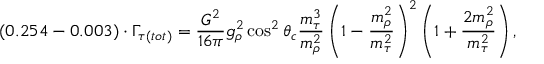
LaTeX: ( 0 . 2 5 4 - 0 . 0 0 3 ) \cdot \Gamma _ { \tau ( t o t ) } = \frac { G ^ { 2 } } { 1 6 \pi } g _ { \rho } ^ { 2 } \cos ^ { 2 } \theta _ { c } \frac { m _ { \tau } ^ { 3 } } { m _ { \rho } ^ { 2 } } \left( 1 - \frac { m _ { \rho } ^ { 2 } } { m _ { \tau } ^ { 2 } } \right) ^ { 2 } \left( 1 + \frac { 2 m _ { \rho } ^ { 2 } } { m _ { \tau } ^ { 2 } } \right) ,